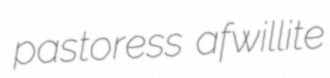
pastoress afwillite